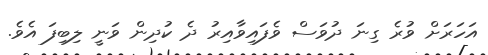
އަހަރަށް ވުރެ ގިނަ ދުވަސް ވެފައިވާއިރު ދެ ކުދިން ވަނީ ލިބިފަ އެވެ.